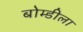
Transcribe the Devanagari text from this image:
बोम्डीला